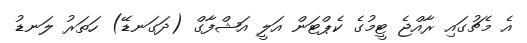
އެ މެޗުގައި ރާއްޖެ ޓީމުގެ ކެޕްޓަން އަލީ އަޝްފާގް (ދަގަނޑޭ) ހަތަރު ލަނޑު